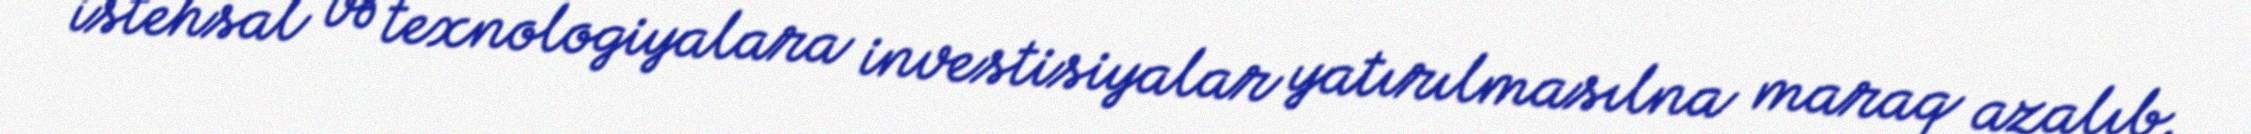
istehsal və texnologiyalara investisiyalar yatırılmasılna maraq azalıb.